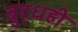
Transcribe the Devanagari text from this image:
बुद्धही